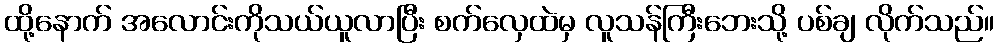
ထို့နောက် အလောင်းကိုသယ်ယူလာပြီး စက်လှေထဲမှ လူသန်ကြီးဘေးသို့ ပစ်ချ လိုက်သည်။